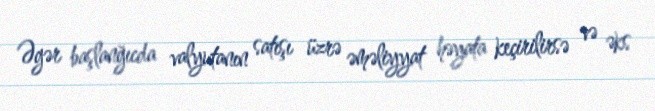
Əgər başlanğıcda valyutanın satışı üzrə əməliyyat həyata keçirilirsə və əks